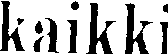
kaikki